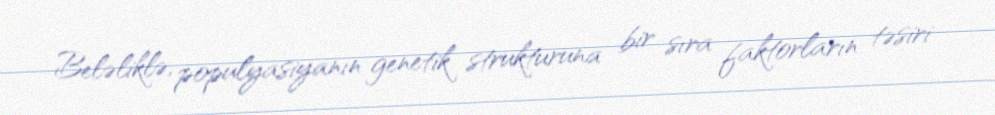
Beləliklə, populyasiyanın genetik strukturuna bir sıra faktorların təsiri